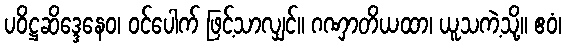
ပဝိဋ္ဌဆိဒ္ဒေနေဝ၊ ဝင်ပေါက် ဖြင့်သာလျှင်။ ဂဏှာတိယထာ၊ ယူသကဲ့သို့။ ဧဝံ၊